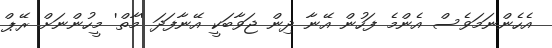
އެހެންނަމަވެސް އެންމެ ފަހުން އޭނާ ދިން ޖަވާބަކީ އޭނާފަދަ 'މާތް' މީހުންނަށް ރޭޕް